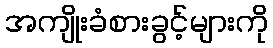
အကျိုးခံစားခွင့်များကို